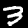
Label: 3